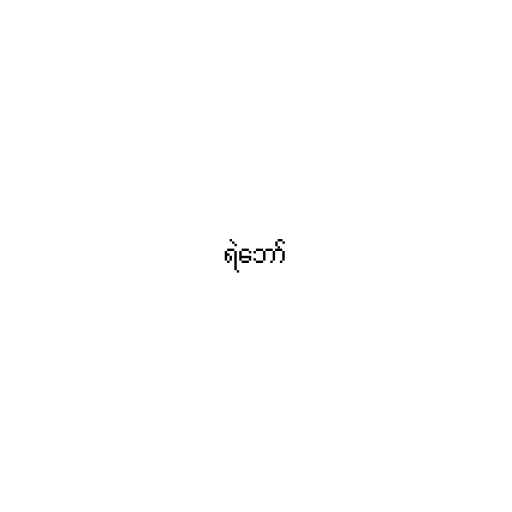
ရဲဘော်